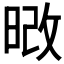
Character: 𭦔